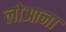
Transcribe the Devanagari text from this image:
लोआना